Leaving Certificate Examination, 1921
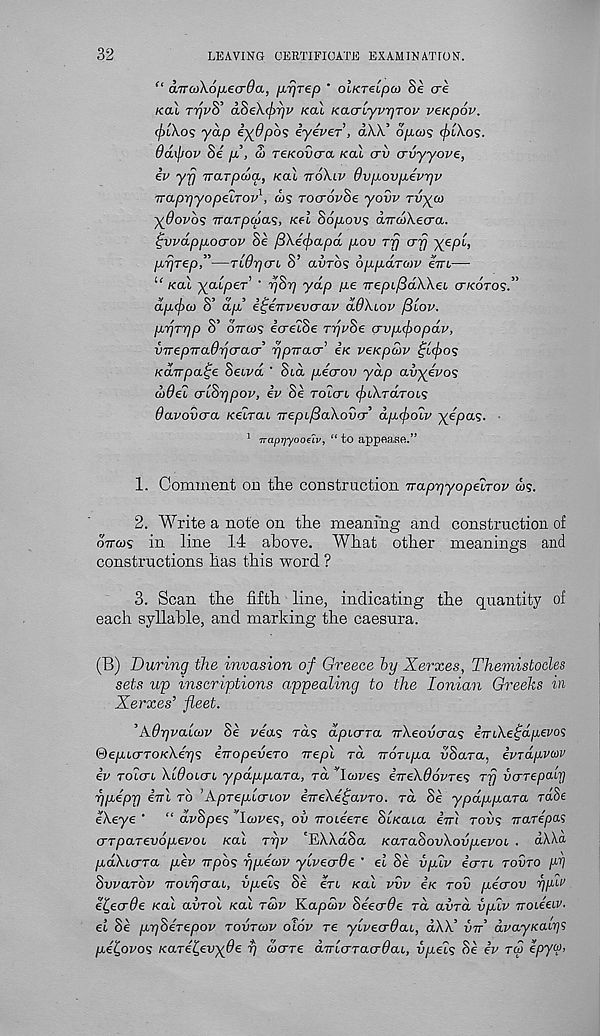
32
LEAVING CERTIFICATE EXAMINATION.
“ aTTCoXofjLecrda, ^xrjTep ' oiKTeiput Se ere
koX TrjvS’ aSeXcfarjv kol KacrLyvyjTov veicpov.
(friXos yap iydpos iyever, aXX’ o/x&j? e/jtXo5.
6d\\iov Se p, a) reKovcra /cat erv crvyyove,
ip yfj Trarpcoa, /cat ttoXlv 6vpovpevr]v
TTaprjyopeLTOP 1 , ws TOcropSe yovp rvyco
-^Oovos Trarpa/as, /cet Sopovs dmoXecra.
tjvpdppocrop Se /3Xe(f)apd pov Trj erfj X e P' L >
pprep,”—TidpcrL S’ auros oppdroiP eVi—■
u /cat ^atper’ ' pStj yap pe 7rept/3a\Xet cr/coro?.”
dp<f)(o S’ dp’ i^eTTvevcrap ddXiop fiiop.
prjrpp S’ ottojs ecretSe rrjpSe (rvpcbopdp,
v-rrepTraOrjcraa-’ rjpiTacr’ e/c veKp&p £L(f>os
xanpa^e Setva ' Sta pecrov yap avyipos
d>6ei a'lSripop, ip Se rotert ^tXraTots
Oapovcra /cetrat 7reptySa\oO«x’ dp(f>o2p yepas.
1 naprjyoodv, “ to appeasfi.”
1. Comment on the construction irappyopeiTop ws.
2. Write a note on the meaning and construction of
oVcos in line 14 above. What other meanings and
constructions has this word ?
3. Scan the fifth line, indicating the quantity of
each syllable, and marking the caesura.
(B) During the invasion of Greece by Xerxes, Themistocles
sets up inscriptions appealing to the Ionian Greeks in
Xerxes’ fleet.
’AOr/palcop Se Was rets dpierra TrXeovcras iiriXeiidpevos
®epucrTOKXer)s inopeveTO vepl rd rrortpa aSara, ipTapviov
ip TOtcrt Xldoicn ypdppara, rd ’'Icopes iTreXOdpres Trj vcrTepalri
rjpipr) ini to ’ApTeplcrLOP ineXe^apTO. ra Se ypdppara rdSe
eXeye ‘ “ aj/Spes ’’la/Fes, ov Troteere St/cata ini tons irarepas
(TTpaTevopepob /cat Trjp 'EXXdSa KaTaSovXovpepoi . dXXa
pdXurTa pep npos rjpecop ylvecrOe ’ et Se vpip eerrt tovto pi]
Svputop Trorpcrai, vpeis Se ert /cat fuf e’/c toC pecrov ypir
e^eerde /cat avrol /cat rah Kapwv SeecrOe rd avrd uptv nod ta-
el Se p-gSeTepop tovtwp oIop re ylvecrdai, dXX’ vn dpayxaiys
petjopos Kare^evyOe r) werre dnlaTacrdai, dpets Se ip toj epyw.